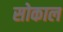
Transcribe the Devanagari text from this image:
सोकाल